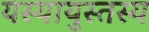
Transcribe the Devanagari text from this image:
यस्यायुस्तस्य